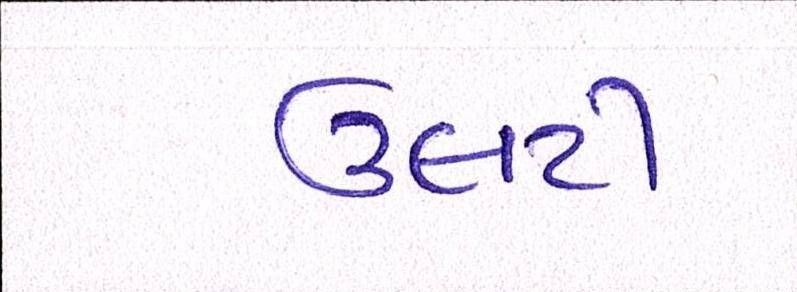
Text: ઉલટી